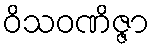
ဝိသဝဏိဇ္ဇာ